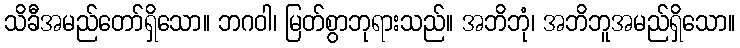
သိခီအမည်တော်ရှိသော။ ဘဂဝါ၊ မြတ်စွာဘုရားသည်။ အဘိဘုံ၊ အဘိဘူအမည်ရှိသော။